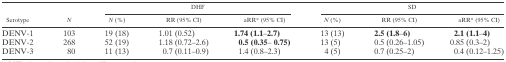
| <ROWSPAN=2> Serotype | <ROWSPAN=2> N | <COLSPAN=3> DHF | <COLSPAN=3> SD |
 | N (%) | RR (95% CI) | aRR* (95% CI) | N (%) | RR (95% CI) | aRR* (95% CI) |
 | --- | --- | --- | --- | --- | --- | --- | --- |
 | DENV-1 | 103 | 19 (18) | 1.01 (0.52) | 1.74 (1.1–2.7) | 13 (13) | 2.5 (1.8–6) | 2.1 (1.1–4) |
 | DENV-2 | 268 | 52 (19) | 1.18 (0.72–2.6) | 0.5 (0.35– 0.75) | 13 (5) | 0.5 (0.26–1.05) | 0.85 (0.3–2) |
 | DENV-3 | 80 | 11 (13) | 0.7 (0.11–0.9) | 1.4 (0.8–2.3) | 4 (5) | 0.7 (0.25–2) | 0.4 (0.12–1.25) |